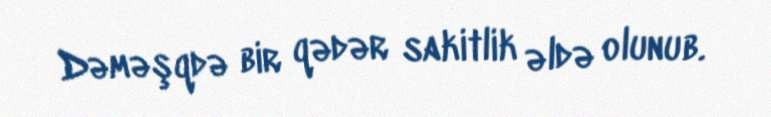
Dəməşqdə bir qədər sakitlik əldə olunub.